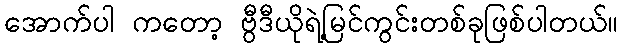
အောက်ပါ ကတော့ ဗွီဒီယိုရဲ့မြင်ကွင်းတစ်ခုဖြစ်ပါတယ်။